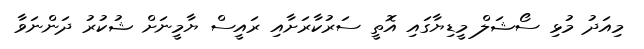
މިއަދު މުޅި ސޯޝަލް މީޑިޔާގައި އޮތީ ސަރުކާރަށާއި ރައީސް ޔާމީނަށް ޝުކުރު ދަންނަވާ